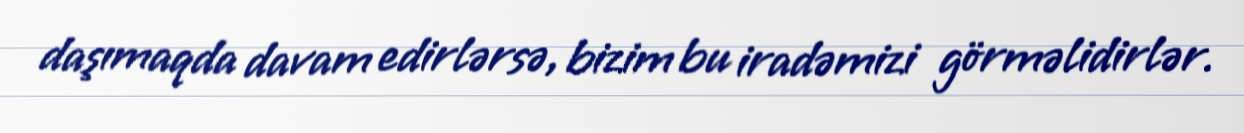
daşımaqda davam edirlərsə, bizim bu iradəmizi görməlidirlər.